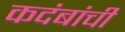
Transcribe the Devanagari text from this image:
कदंबांची